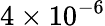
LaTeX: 4\times 10^{-6}